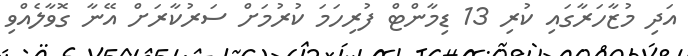
އަދި މުޒާހަރާގައި ކުރި 13 ޑިމާންޓް ފުރިހަމަ ކުރުމަށް ސަރުކާރަށް އޭނާ ގޮވާލެއްވި